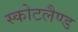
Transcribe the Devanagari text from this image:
स्कोटलैण्ड